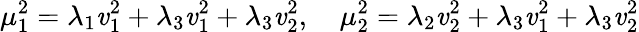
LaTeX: \mu_{1}^{2}=\lambda_{1}\mathit{v}_{1}^{2}+\lambda_{3}\mathit{v}_{1}^{2}+\lambda_{3}\mathit{v}_{2}^{2},\quad\mu_{2}^{2}=\lambda_{2}\mathit{v}_{2}^{2}+\lambda_{3}\mathit{v}_{1}^{2}+\lambda_{3}\mathit{v}_{2}^{2}